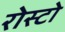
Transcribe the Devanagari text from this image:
रोस्टो